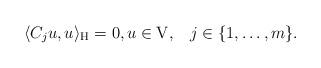
LaTeX: \begin{align*}\langle C_ju, u \rangle_{\mathrm{H}} = 0, u \in \mathrm{V},\;\;\;j \in \{1, \dots, m \}.\end{align*}